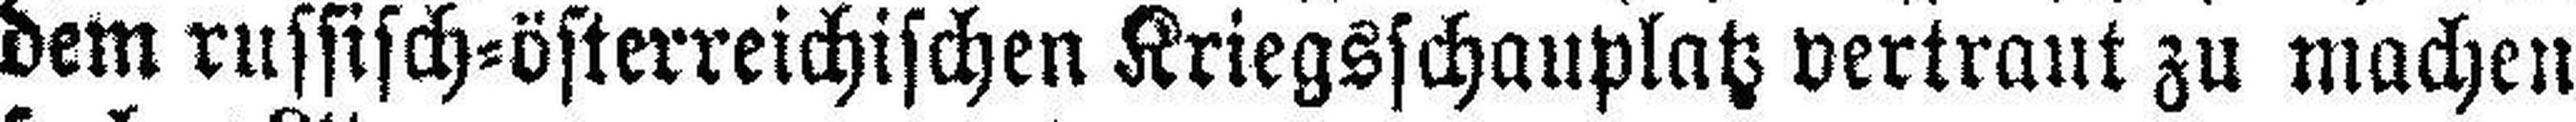
dem russisch=österreichischen Kriegsschauplatz vertraut zu machen